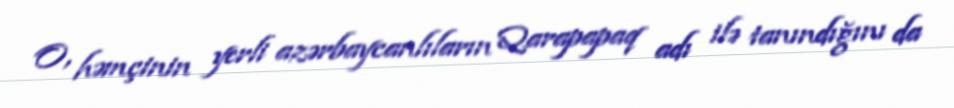
O, həmçinin yerli azərbaycanlıların Qarapapaq adı ilə tanındığını da